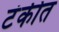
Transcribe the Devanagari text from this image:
टंकीत